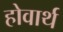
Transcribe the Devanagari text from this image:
होवार्थ